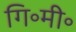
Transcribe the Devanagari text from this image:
गि॰मी॰